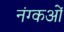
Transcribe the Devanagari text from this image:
नंग्‍कओं